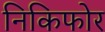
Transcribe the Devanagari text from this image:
निकिफोर